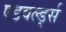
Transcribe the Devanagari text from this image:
एडवर्ल्ड्स